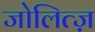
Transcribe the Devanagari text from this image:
जोलित्ज़